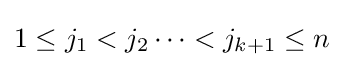
1\leq j_{1}<j_{2}\cdots <j_{k+1}\leq n